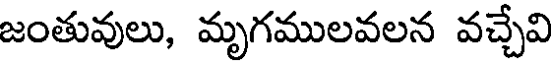
జంతువులు, మృగములవలన వచ్చేవి